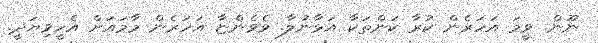
ނޫން. ވީމަ އަހަރެން ކުރާ ކަންތަކާ އަޅާނުލާ. ވެވެންޏާ އަހަރެން މާމައަށް އެހީވިޔަދީ.